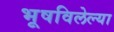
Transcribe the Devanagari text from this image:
भूषविलेल्‍या